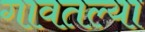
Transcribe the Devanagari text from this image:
गावतल्या